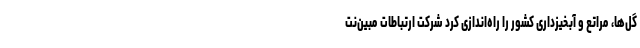
گل‌ها، مراتع و آبخیزداری کشور را راه‌اندازی کرد شرکت ارتباطات مبین‌نت